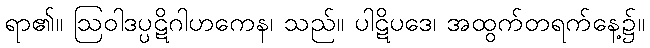
ရာ၏။ ဩဝါဒပ္ပဋိဂါဟကေန၊ သည်။ ပါဋိပဒေ၊ အထွက်တရက်နေ့၌။